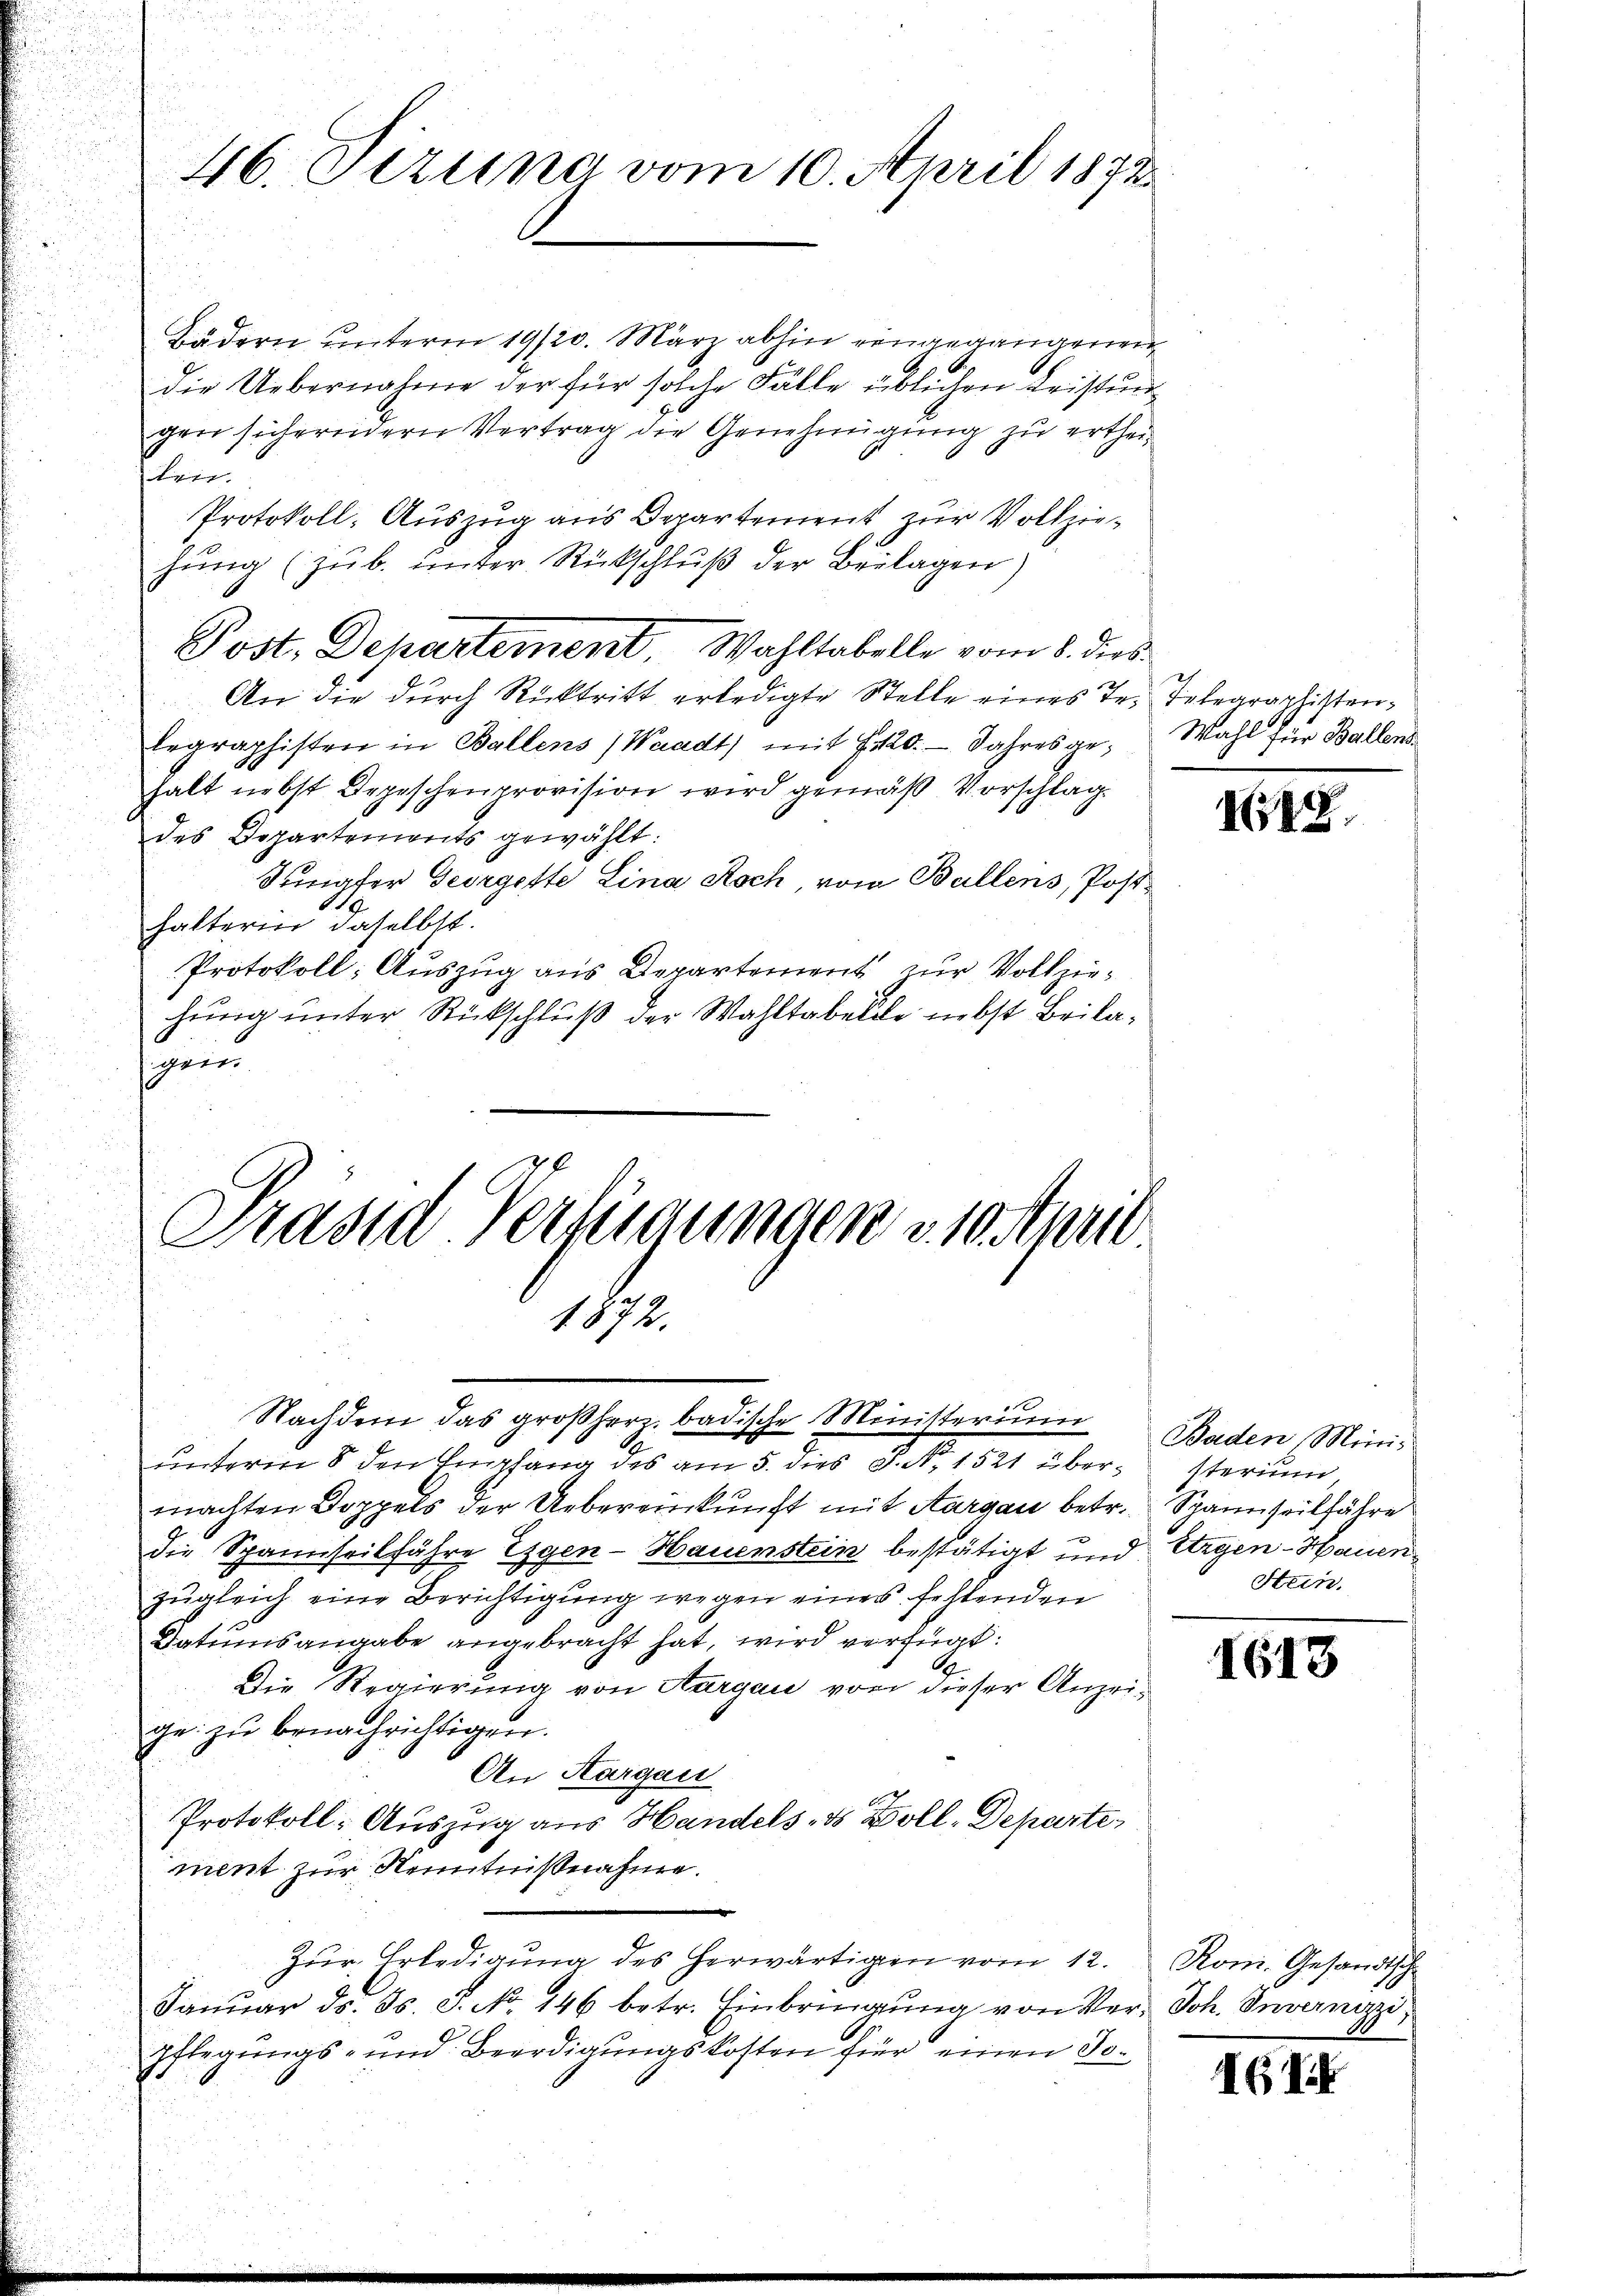
46. Tizuna vom 10. April 1872

Bädern unterm 19/20. März abhin eingegangenen
die Uebernahme der für solche Fälle üblichen Leistun
gen sicherndern Vertrag die Genehmigung zu ertheilen.
Protokoll, Auszug aus Departement, zur Vollziehŭng (zŭb. ŭnter Rückschlŭβ der Beilagen)
An die durch Rücktritt erledigte Stelle eines Te. Telegraphisten¬
Ergraphisten in Ballens (Waadt) mit 7420. Jahres ge¬ Wahl für Ballens
halt nebst Depeschenprovision wird gemäß Vorschlag
des Departements gewählt:
Sumater Georgeste Lina Roch, von Ballens, Posthalterin daselbst.
Protokoll: Auszug aus Departement zur Vollziehung unter Rückschluß der Wahltabelle nebst Beilagein
Präsid-Verfügungen 210 April
1872.
Nachdem das großherz. badische Ministerium
unterm 8 den Empfang des am 5. dies S. N. 1521 übersterium
machten Doppels der Uebereinkunft mit Aargau betr. Spannseilfahre
die Spannseilfahre Gegen - Hauenstein bestätigt und Ergen-Hauen
zugleich eine Berichtigung wegen eines fehlenden
Dationsangabe angebracht hat, wird verfügt:
Die Regierung von Aargau von dieser Anzeige zu benachrichtigen.
An Margau
Protokoll- Auszug aus Handels- & Zoll-Departe
ment zur Kenntnißnahme.
Zŭr Erledigŭng des herwärtigen vom 12. Rom. Gesandtsche
Januar ds. Fs. S. No. 146 betr. Einbringung von Ver- Joh. Invernizz
Pflegungs- und Beerdigungskosten für einen Jo¬

Post. Departement, Wahltabelle vom 8. dies

48

Baden Mini¬
Stein.

1613

AGI